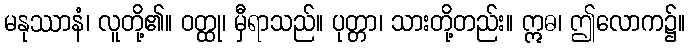
မနုဿာနံ၊ လူတို့၏။ ဝတ္ထု၊ မှီရာသည်။ ပုတ္တာ၊ သားတို့တည်း။ ဣဓ၊ ဤလောက၌။